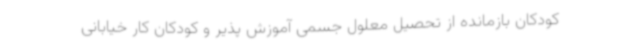
کودکان بازمانده از تحصیل معلول جسمی آموزش پذیر و کودکان کار خیابانی